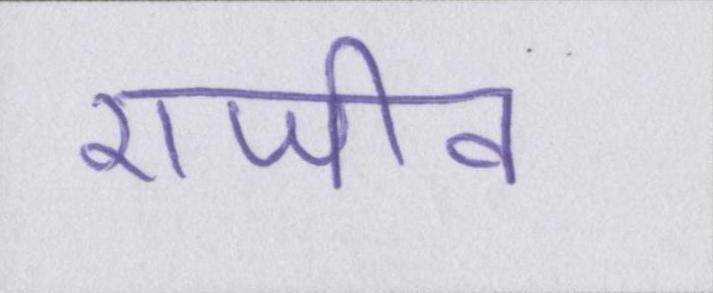
राजीव